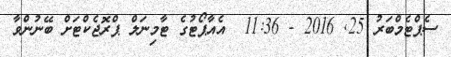
ސެޕްޓެމްބަރު 25